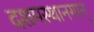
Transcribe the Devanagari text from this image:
दशमस्थानगान्